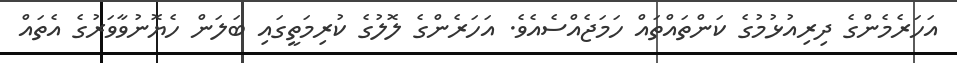
އަހަރެމެންގެ ދިރިއުޅުމުގެ ކަންތައްތައް ހަމަޖެއްސެއެވެ. އަހަރެންގެ ލޮލުގެ ކުރިމަތީގައި ބަލަން ހެޔޮނުވާވަރުގެ އެތައް